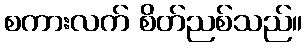
စကားလက် စိတ်ညစ်သည်။